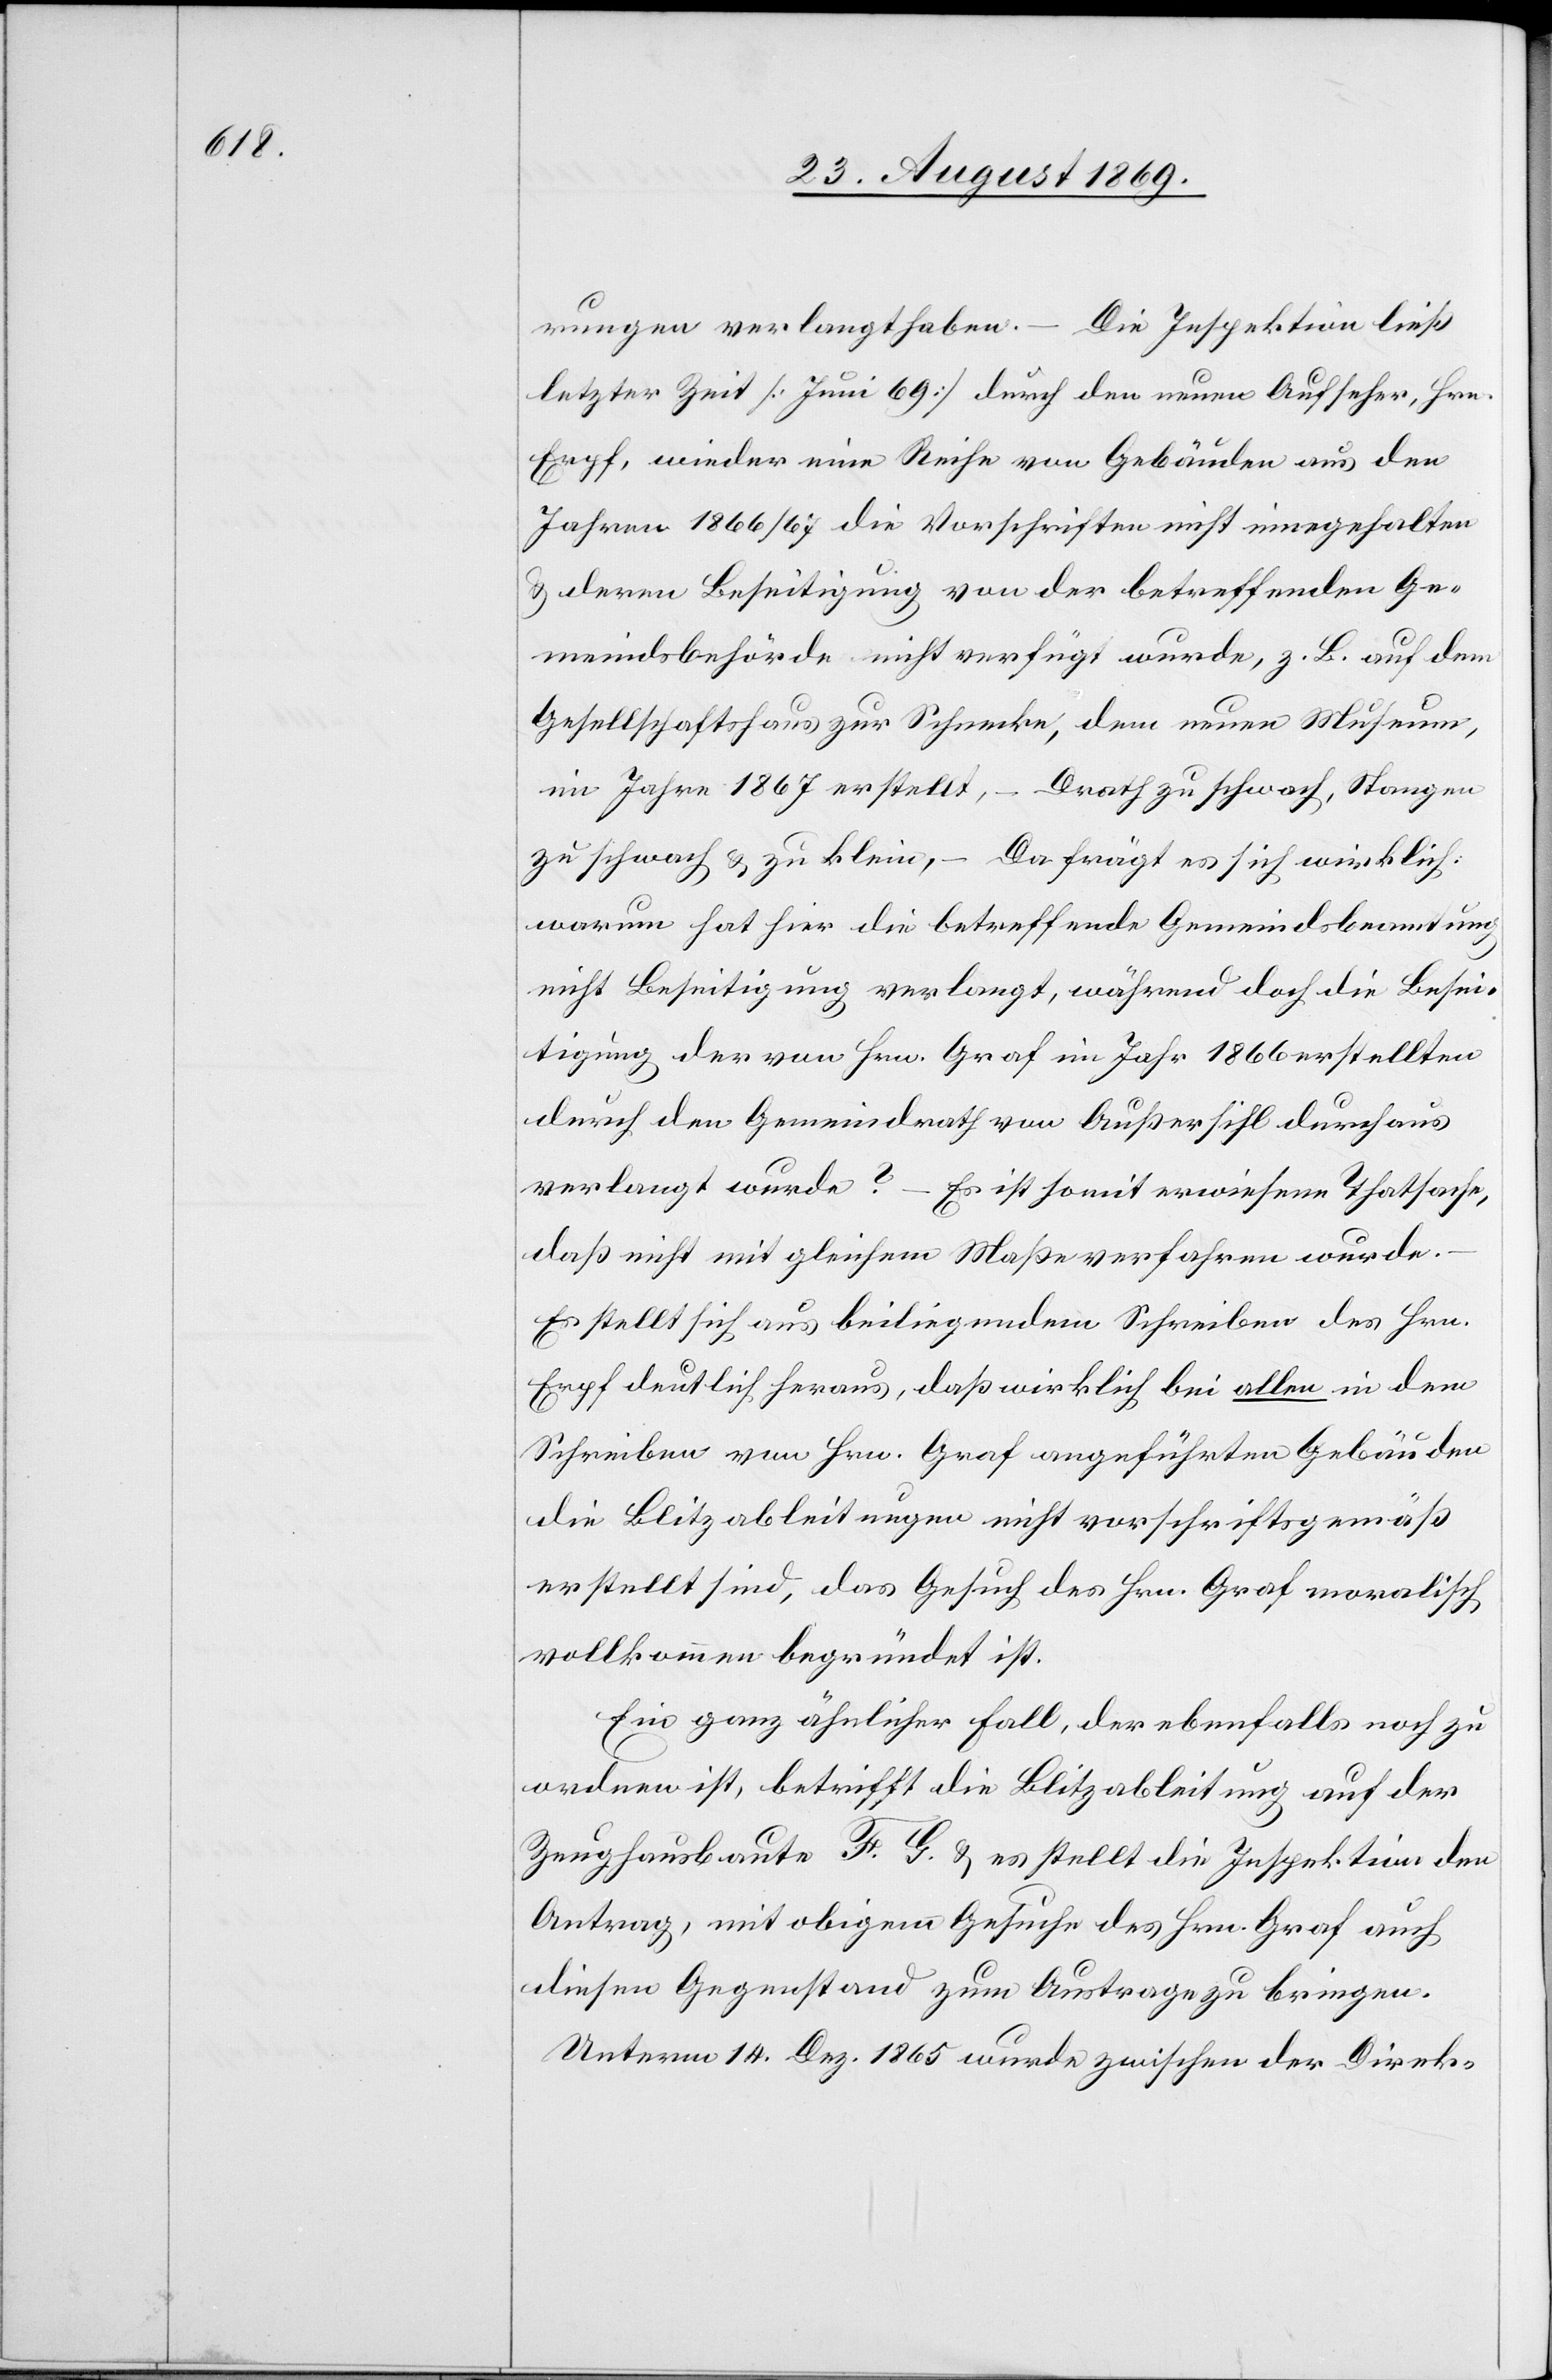
rungen verlangt haben. – Die Inspektion ließ
letzter Zeit [Juni 69] durch den neuen Aufseher, Hrn.
Erpf, wieder eine Reihe von Gebäuden aus den
Jahren 1866/67 die Vorschriften nicht einegehalten
& deren Beseitigung von der betreffenden Ge¬
meindsbehörde nicht verfügt wurde, z. B. auf dem
Gesellschaftshaus zur Schnecke, dem neuen Museum,
im Jahre 1867 erstellt, – Drath zu schwach, Stangen
zu schwach & zu klein,
Da frägt es sich wirklich:
warum hat hier die betreffende Gemeindsbeamtung
nicht Beseitigung verlangt, während doch die Besei¬
tigung der von Hrn. Graf im Jahr 1866 erstellten
durch den Gemeindrath von Außersihl durchaus
verlangt wurde? – Es ist somit erwiesene Thatsache,
daß nicht mit gleichem Maße verfahren wurde.
Es stellt sich aus beiliegendem Schreiben des Hrn.
Erpf deutlich heraus, daß wirklich bei allen in dem
Schreiben von Hrn. Graf angeführten Gebäuden
die Blitzableitungen nicht vorschriftsgemäß
erstellt sind, das Gesuch des Hrn. Graf moralisch
vollkommen begründet ist.
Ein ganz ähnlicher Fall, der ebenfalls noch zu
ordnen ist, betrifft die Blitzableitung auf der
Zeughausbaute F. G. & es stellt die Inspektion den
Antrag, mit obigem Gesuche des Hrn. Graf auch
diesen Gegenstand zum Austrage zu bringen.
Unterm 14. Dez. 1865 wurde zwischen der Direk-